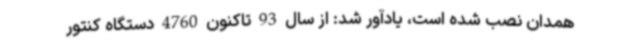
همدان نصب شده است، یادآور شد: از سال 93 تاکنون 4760 دستگاه کنتور